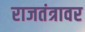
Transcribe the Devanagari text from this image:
राजतंत्रावर